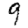
Digit: 9